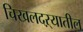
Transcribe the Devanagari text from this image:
चिखलदऱ्यातील